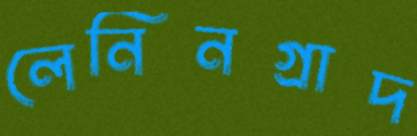
লেনিনগ্রাদ